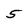
Character: 5